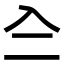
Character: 𠓞